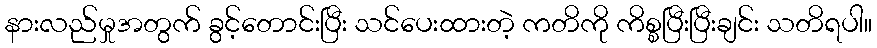
နားလည်မှုအတွက် ခွင့်တောင်းပြီး သင်ပေးထားတဲ့ ကတိကို ကိစ္စပြီးပြီးချင်း သတိရပါ။